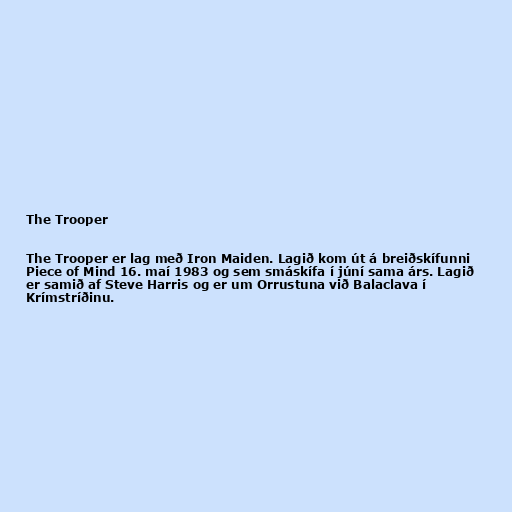
The Trooper

The Trooper er lag með Iron Maiden. Lagið kom út á breiðskífunni
Piece of Mind 16. maí 1983 og sem smáskífa í júní sama árs. Lagið
er samið af Steve Harris og er um Orrustuna við Balaclava í
Krímstríðinu.